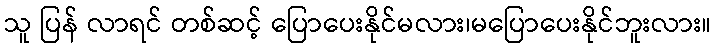
သူ ပြန် လာရင် တစ်ဆင့် ပြောပေးနိုင်မလား၊မပြောပေးနိုင်ဘူးလား။